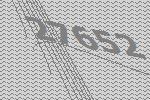
27652